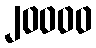
၂၀၀၀၀